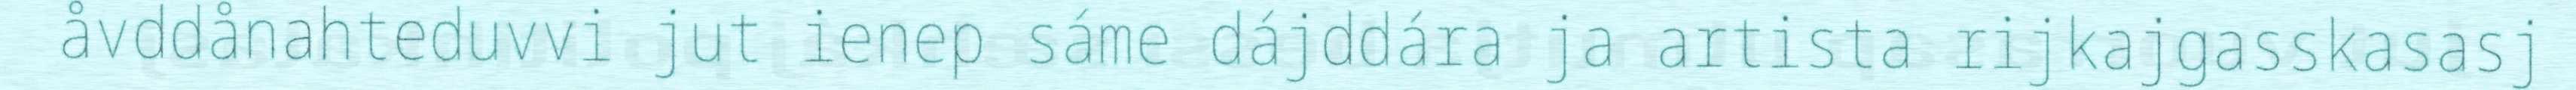
åvddånahteduvvi jut ienep sáme dájddára ja artista rijkajgasskasasj